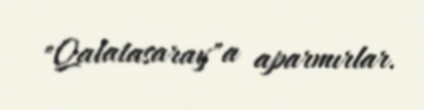
"Qalatasaray"a aparmırlar.